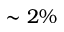
\sim 2 \%